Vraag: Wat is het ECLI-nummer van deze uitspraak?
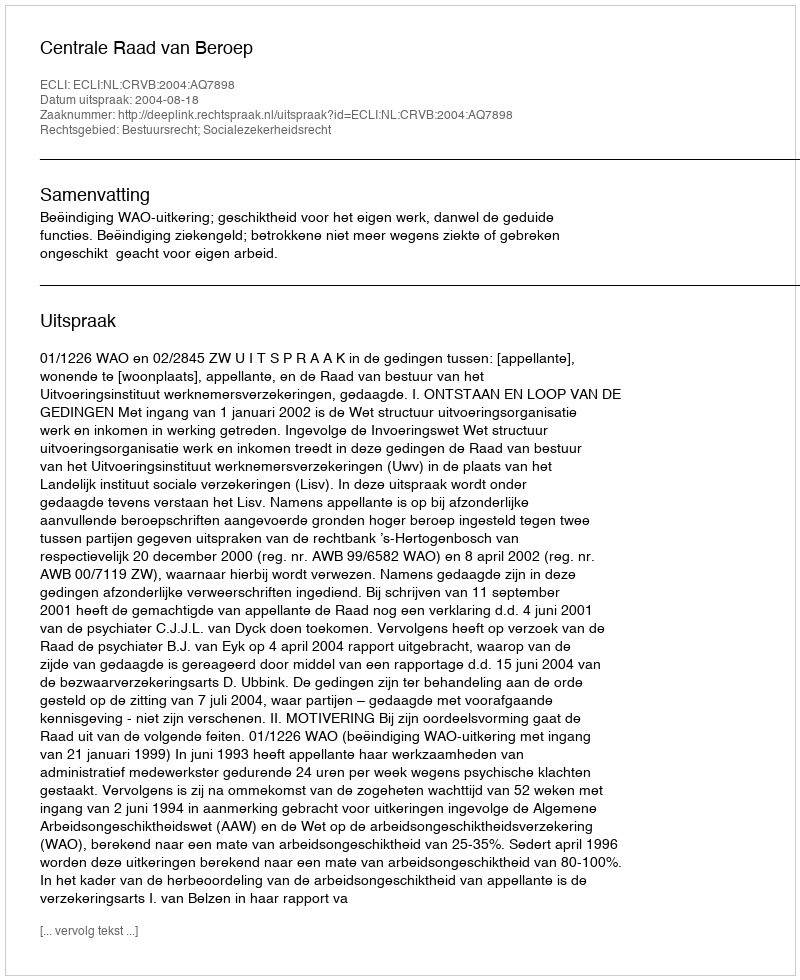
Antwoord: ECLI:NL:CRVB:2004:AQ7898